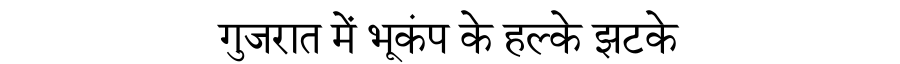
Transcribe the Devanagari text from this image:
गुजरात में भूकंप के हल्के झटके